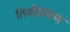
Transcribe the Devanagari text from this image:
तिथीप्रमाण